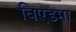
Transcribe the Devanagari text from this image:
विएडमा